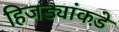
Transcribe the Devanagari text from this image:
हिजड्यांकडे